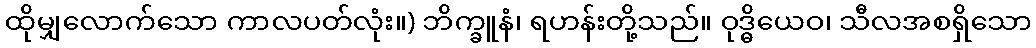
ထိုမျှလောက်သော ကာလပတ်လုံး။) ဘိက္ခူနံ၊ ရဟန်းတို့သည်။ ဝုဒ္ဓိယေဝ၊ သီလအစရှိသော